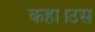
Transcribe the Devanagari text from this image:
कहा।उस